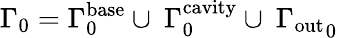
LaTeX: {{\Gamma}_{0}={\Gamma}_{0}^{\mathrm{base}}\cup\ {\Gamma}_{0}^{\mathrm{cavity}}\cup\ {\Gamma}_{\mathrm{out}}}_{0}